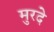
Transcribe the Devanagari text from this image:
मुरदे